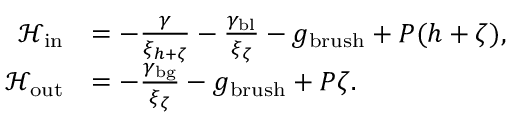
\begin{array} { r l } { \mathcal { H } _ { \mathrm { i n } } } & { = - \frac { \gamma } { \xi _ { h + \zeta } } - \frac { \gamma _ { \mathrm { b l } } } { \xi _ { \zeta } } - g _ { \mathrm { b r u s h } } + P ( h + \zeta ) , } \\ { \mathcal { H } _ { \mathrm { o u t } } } & { = - \frac { \gamma _ { \mathrm { b g } } } { \xi _ { \zeta } } - g _ { \mathrm { b r u s h } } + P \zeta . } \end{array}